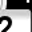
Digit: 2